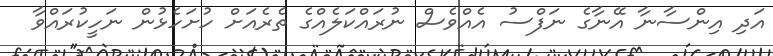
އަދި އިންސާނާ އޭނާގެ ނަފްސު އެއްވެސް ނުރައްކަލެއްގެ ތެރެއަށް ހުށަހެޅުން ނަހީކުރައްވާ